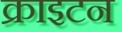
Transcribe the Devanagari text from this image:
क्राइटन